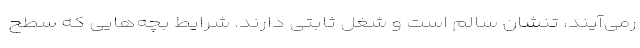
رمی‌آیند، تنشان سالم است و شغل ثابتی دارند. شرایط بچه‌هایی که سطح